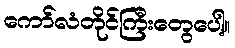
ကော်လံတိုင်ကြီးတွေပေါ့။